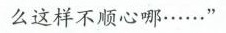
么这样不顺心哪……”